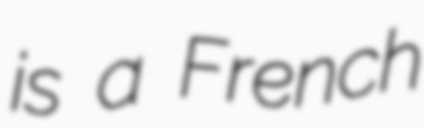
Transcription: is a French